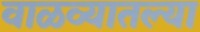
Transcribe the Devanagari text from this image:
वाळव्यातल्या